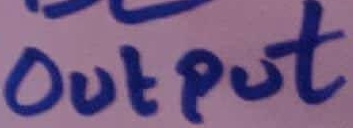
Text: OUTPUT